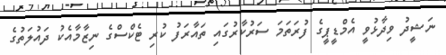
ނަޝީދު ވިދާޅުވީ އެމްޑީޕީގެ ފުރަތަމަ ސަރުކާރުގައި ތައާރަފު ކުރި ޓެކްސްގެ ނިޒާމާއެކު ދައުލަތުގެ